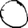
Digit: 0